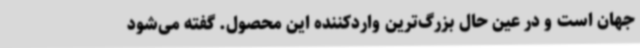
جهان است و در عین حال بزرگ‌ترین واردکننده این محصول. گفته می‌شود